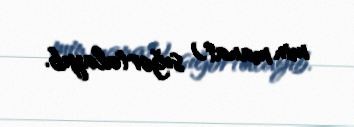
min manat) sığortalayıb.